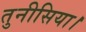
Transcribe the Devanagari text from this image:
तुनीसिया।